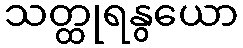
သတ္ထုရနွယော